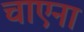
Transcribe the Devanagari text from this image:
चाएना